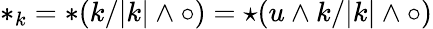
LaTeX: *_{k}=*(k/|k|\wedge\circ)=\star(u\wedge k/|k|\wedge\circ)